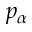
p _ { \alpha }